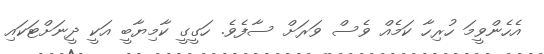
އެހެންވީމަ ހުރިހާ ކަމެއް ވެސް ވަރަށް ސާފެވެ. ހަގީގީ ކާމިޔާބީ އަކީ ދީނަށްޓަކައި